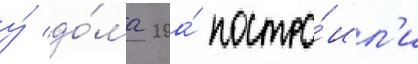
у́ до́ма 20а́ постро́ил'и